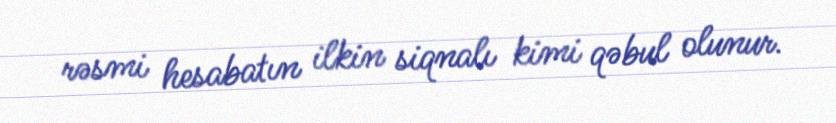
rəsmi hesabatın ilkin siqnalı kimi qəbul olunur.